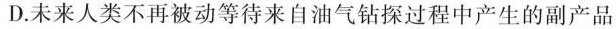
D.未来人类不再被动等待来自油气钻探过程中产生的副产品